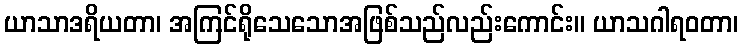
ယာသာဒရိယတာ၊ အကြင်ရိုသေသောအဖြစ်သည်လည်းကောင်း။ ယာသဂါရဝတာ၊